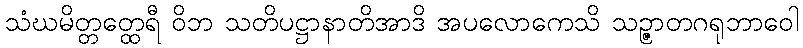
သံဃမိတ္တတ္ထေရီ ဝိဘ သတိပဋ္ဌာနာတိအာဒိ အပလောကေသိ သဉ္ဇာတဂရုဘာဝေါ